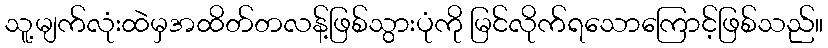
သူ့မျက်လုံးထဲမှအထိတ်တလန့်ဖြစ်သွားပုံကို မြင်လိုက်ရသောကြောင့်ဖြစ်သည်။